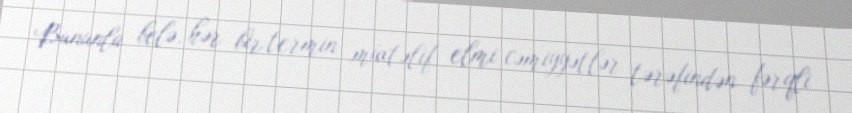
Bununla belə, hər bir termin müxtəlif elmi cəmiyyətlər tərəfindən fərqli